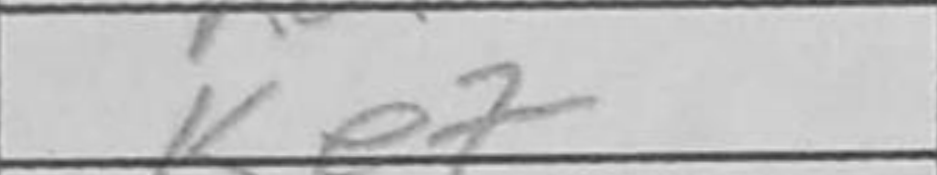
Transcription: Ke7